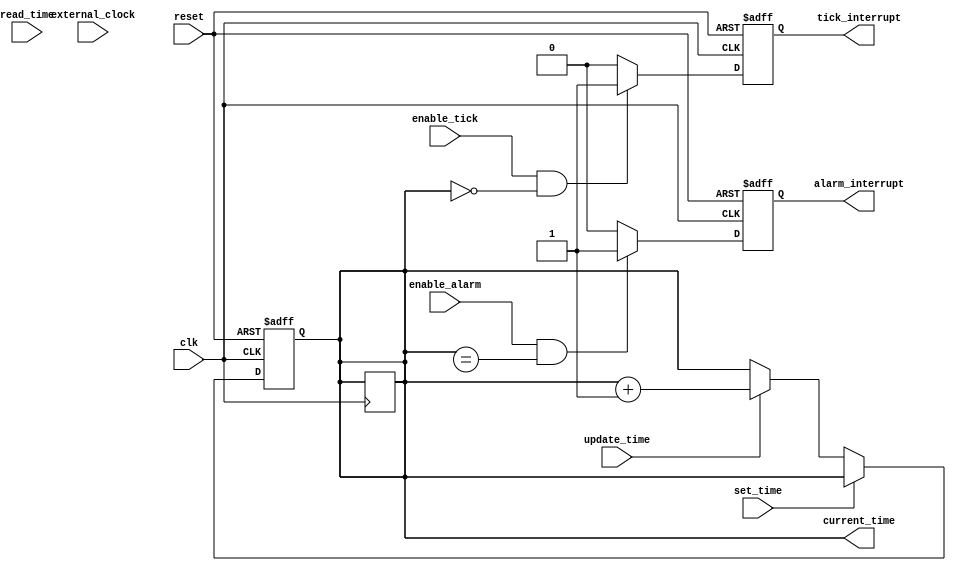
module RTC_Timer (
    input wire clk,
    input wire reset,
    input wire set_time,
    input wire update_time,
    input wire read_time,
    input wire enable_alarm,
    input wire enable_tick,
    input wire external_clock,
    output reg alarm_interrupt,
    output reg tick_interrupt,
    output reg [31:0] current_time
);

reg [31:0] rtc_register;

always @(posedge clk or negedge reset) begin
    if (reset == 0) begin
        rtc_register <= 32'h00000000;
    end else begin
        if (set_time) begin
            rtc_register <= current_time;
        end else if (update_time) begin
            rtc_register <= rtc_register + 1;
        end else if (read_time) begin
            current_time <= rtc_register;
        end
    end
end

always @(posedge clk or negedge reset) begin
    if (reset == 0) begin
        alarm_interrupt <= 0;
        tick_interrupt <= 0;
    end else begin
        if (enable_alarm && (rtc_register == ALARM_TIME)) begin
            alarm_interrupt <= 1;
        end else begin
            alarm_interrupt <= 0;
        end
        
        if (enable_tick && (rtc_register[31:0] == 0)) begin
            tick_interrupt <= 1;
        end else begin
            tick_interrupt <= 0;
        end
    end
end

assign current_time = rtc_register;

endmodule